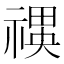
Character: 𮂍